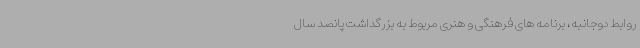
روابط دوجانبه، برنامه های فرهنگی و هنری مربوط به بزرگداشت پانصد سال